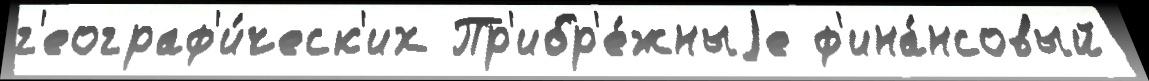
г'еограф'и́ческ'их Пр'ибр'е́жныjе ф'ина́нсовый